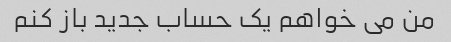
من می خواهم یک حساب جدید باز کنم